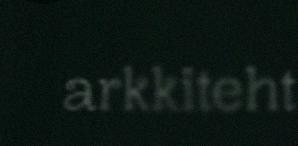
arkkiteht